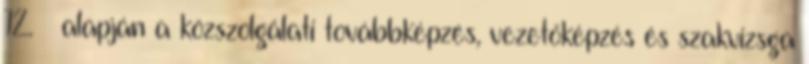
12. § alapján a közszolgálati továbbképzés, vezetőképzés és szakvizsga